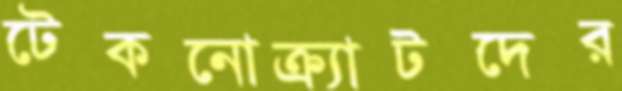
টেকনোক্র্যাটদের